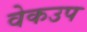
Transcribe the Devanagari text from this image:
वेकउप